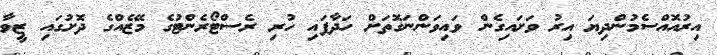
އިރުއޮއްސެމުންދިޔަ އިރު ވަށައިގެން ވައިވަންނަގޮތަށް ހަދާފައި ހުރި ރެސްޓޯރެންޓުގެ މޭޒެއްގެ ދޮށުގައި ޒީވާ